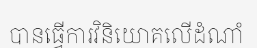
បានធ្វើការវិនិយោគលើដំណាំ